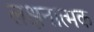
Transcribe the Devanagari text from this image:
लक्षनात्मक